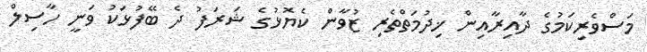
މަސްވެރިކަމުގެ ދާއިރާއިން ޚިދުމަތްތެރި ޒުވާން ކެޔޮޅުގެ ޝަރަފު ދެ ބޭފުޅަކު ވަނީ ހާސިލް